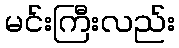
မင်းကြီးလည်း